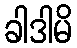
ခါဒါမိ